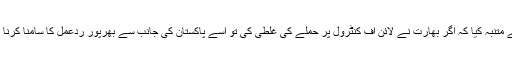
انہوں نے متنبہ کیا کہ اگر بھارت نے لائن آف کنٹرول پر حملے کی غلطی کی تو اسے پاکستان کی جانب سے بھرپور ردعمل کا سامنا کرنا پڑے گا۔